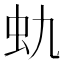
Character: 𰲩